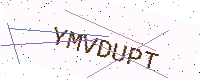
Text: YMVDUPT